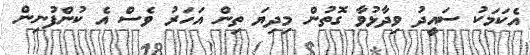
އެކަމަކު ސައީދު ވިދާޅުވާ ގޮތުން މިދިޔަ ތިން އަހަރު ވެސް އެ ކުންފުނިން